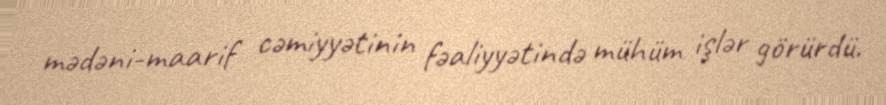
mədəni-maarif cəmiyyətinin fəaliyyətində mühüm işlər görürdü.